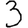
Digit: 3